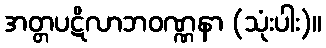
အတ္တပဋိလာဘဝဏ္ဏနာ (သုံးပါး)။